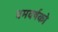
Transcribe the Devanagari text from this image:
बमवर्षको